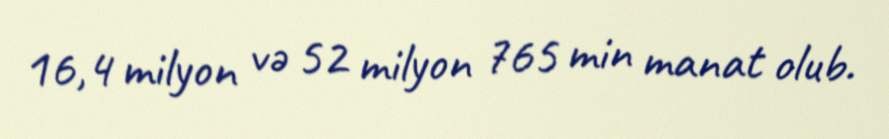
16,4 milyon və 52 milyon 765 min manat olub.